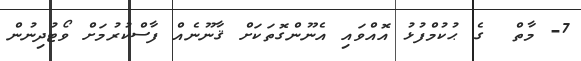
7- މާތް  ގެ ޙުކުމްފުޅު އޮއްވައި އެނޫންގޮތަކަށް ޤާނޫނެއް ފާސްކުރުމަށް ވޯޓުދިނުން